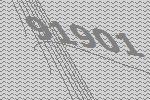
91901